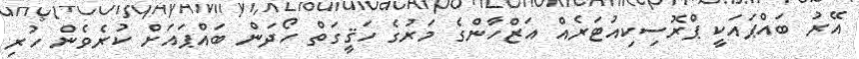
އޭރު ބައްޕައަކީ ޕްރޮސިކިއުޓަރެއް އަޒްހާންގެ މަރުގެ ހަޤީގަތް ހޯދަން ބައްޕައަށް ކުރެވެން ހުރި